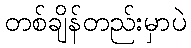
တစ်ချိန်တည်းမှာပဲ